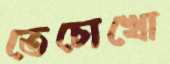
তেচোখো